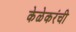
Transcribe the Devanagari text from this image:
केळेकरंची